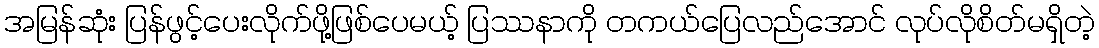
အမြန်ဆုံး ပြန်ဖွင့်ပေးလိုက်ဖို့ဖြစ်ပေမယ့် ပြဿနာကို တကယ်ပြေလည်အောင် လုပ်လိုစိတ်မရှိတဲ့